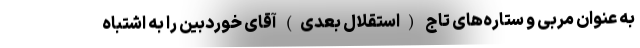
به عنوان مربی و ستاره‌های تاج (استقلال بعدی) آقای خوردبین را به اشتباه